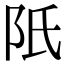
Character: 𨸝